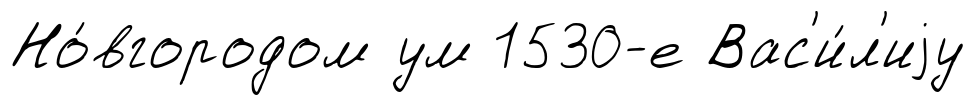
Но́вгородом ум 1530-е Вас'и́л'иjу